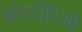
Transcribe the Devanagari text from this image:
ओरटोरिओ